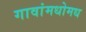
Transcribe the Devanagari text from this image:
गावांमधोमध